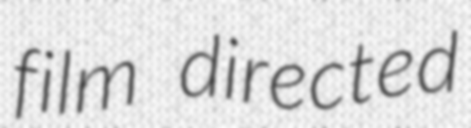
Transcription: film directed